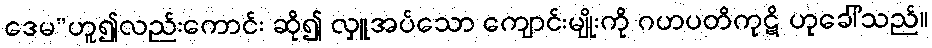
ဒေမ”ဟူ၍လည်းကောင်း ဆို၍ လှူအပ်သော ကျောင်းမျိုးကို ဂဟပတိကုဋိ ဟုခေါ်သည်။